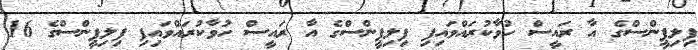
ފިލިޕީންސްގެ އާ ރައީސް ހުވާކުރައްވައިފި ފިލިޕީންސްގެ އާ ރައީސް ހުވާކުރައްވައިފި ފިލިޕީންސްގެ 16